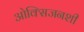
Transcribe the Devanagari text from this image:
ओक्सिजनशी